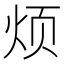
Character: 烦